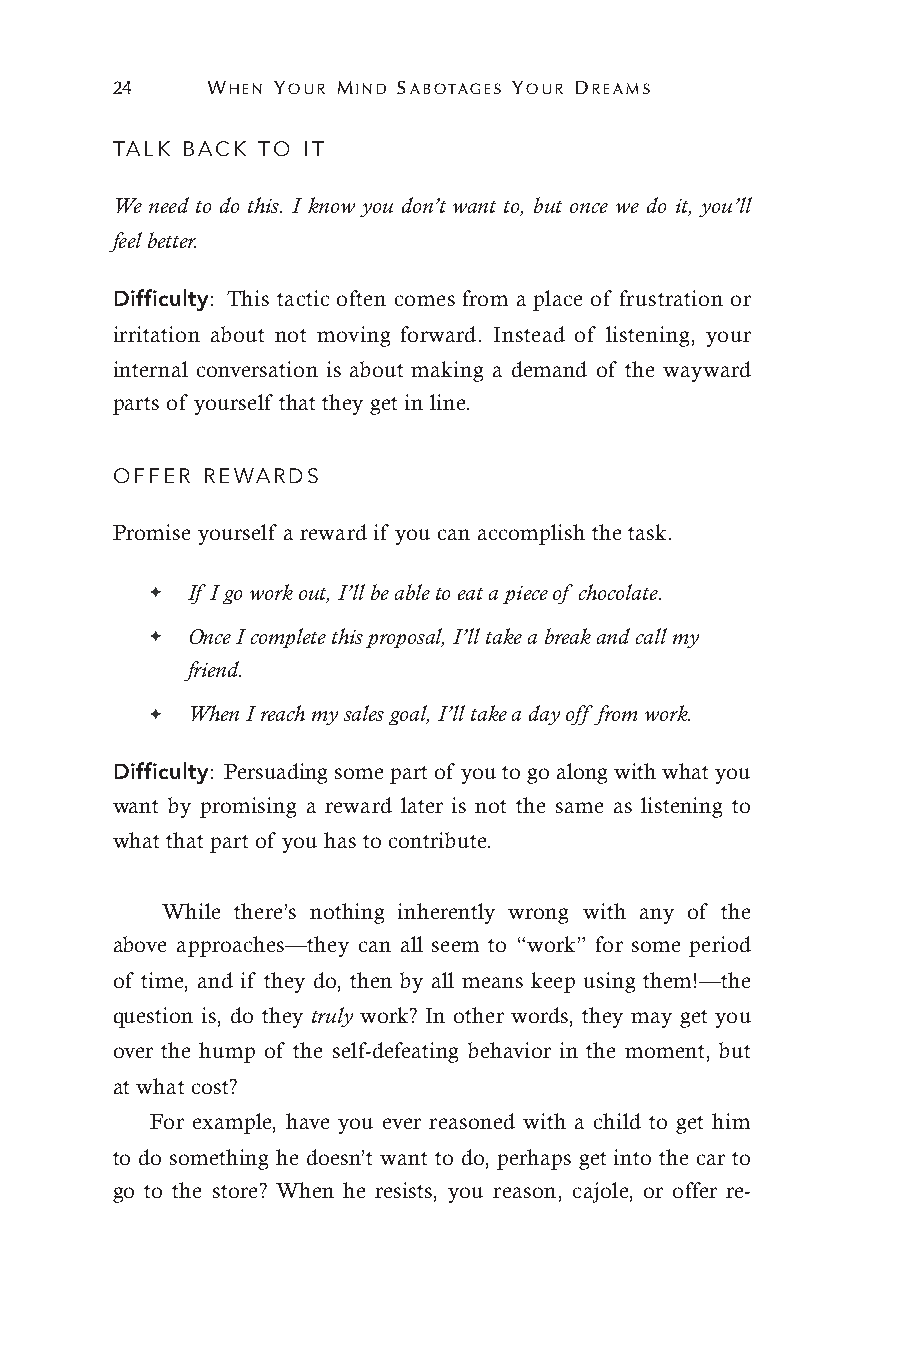
24     WHEN YOUR MIND SABOTAGES YOUR DREAMS
 TALK BACK TO IT
 We need to do this. I know you don’t want to, but once we do it, you’ll
 feel better.
 Difficulty: This tactic often comes from a place of frustration or
 irritation about not moving forward. Instead of listening, your
 internal conversation is about making a demand of the wayward
 parts of yourself that they get in line.
 OFFER REWARDS
 Promise yourself a reward if you can accomplish the task.
 ✦ If I go work out, I’ll be able to eat a piece of chocolate.
 ✦ Once I complete this proposal, I’ll take a break and call my
 friend.
 ✦ When I reach my sales goal, I’ll take a day off from work.
 Difficulty: Persuading some part of you to go along with what you
 want by promising a reward later is not the same as listening to
 what that part of you has to contribute.
 While there’s nothing inherently wrong with any of the
 above approaches—they can all seem to “work” for some period
 of time, and if they do, then by all means keep using them!—the
 question is, do they truly work? In other words, they may get you
 over the hump of the self-defeating behavior in the moment, but
 at what cost?
 For example, have you ever reasoned with a child to get him
 to do something he doesn’t want to do, perhaps get into the car to
 go to the store? When he resists, you reason, cajole, or offer re-